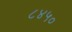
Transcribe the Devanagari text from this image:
८४५०